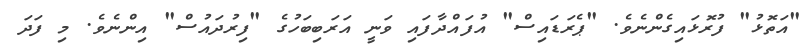
"އަތޮޅު" ފުރޮޅައިގެންނެވެ. "ޕެރަޑައިސް" އުފައްދާފައި ވަނީ އަރަބިބަހުގެ "ފިރުދައުސް" އިންނެވެ. މި ފަދަ